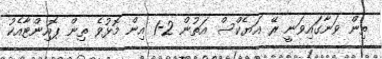
ތިން ވަނާގައިވަނީ ރޭ އަޔެކްސް އަތުން 2-1 އިން މޮޅުވެ ތިން ޕޮއިންޓާއެކު